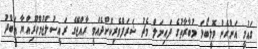
ގައުމީ އަންހެން ވޮލީބޯޅަ މުބާރާތުގެ ފައިނަލް މެޗު ޝަރަފްވެރިކޮށްދެއްވީ ރާއްޖޭގެ ރައީސުލްޖުމްހޫރިއްޔާ އަބްދު